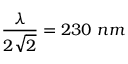
\frac { \lambda } { 2 \sqrt { 2 } } = 2 3 0 ~ n m